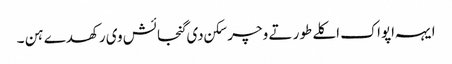
ایہہ اپواک اکلے طور تے وچر سکن دی گنجائش وی رکھدے ہن ۔